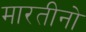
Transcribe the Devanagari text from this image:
मारतीनो